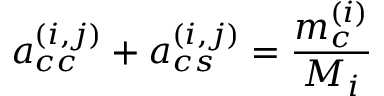
a _ { c c } ^ { ( i , j ) } + a _ { c s } ^ { ( i , j ) } = \frac { m _ { c } ^ { ( i ) } } { M _ { i } }